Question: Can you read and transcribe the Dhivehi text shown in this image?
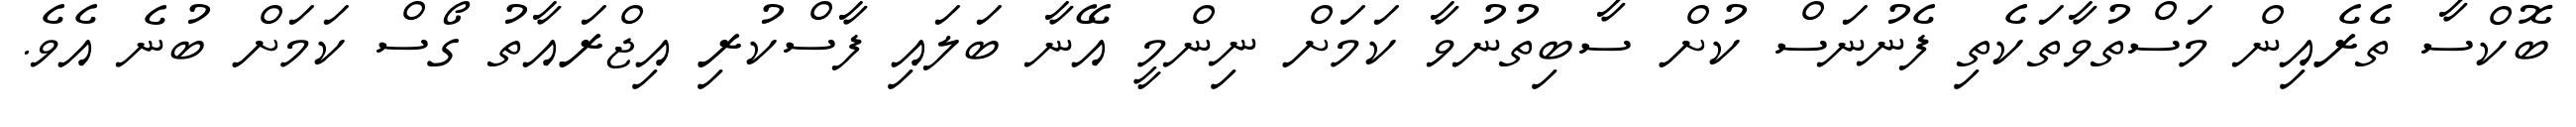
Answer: ބޮކްސާ ތެރެއިން މަސްތުވާތަކެތި ފެނުނަސް ކުށް ސާބިތުނުވާ ކަމަށް ނިންމީ އޭނާ ބަލައި ފާސްކުރި އިޖްރައާތު ގޯސް ކަމަށް ބުނެ އެވެ.